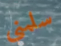
سلمني